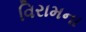
વિરામના